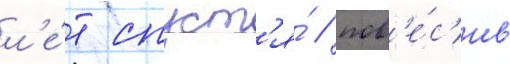
л'е́т спуст'я́ / пов'е́с'ив